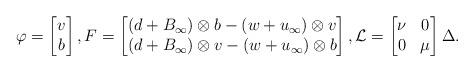
LaTeX: \begin{align*}\varphi=\begin{bmatrix}v \\b \\\end{bmatrix},F=\begin{bmatrix}(d+B_{\infty})\otimes b-(w+u_{\infty})\otimes v \\(d+B_{\infty})\otimes v-(w+u_{\infty})\otimes b \\\end{bmatrix},{\mathcal{L}}=\begin{bmatrix}\nu & 0 \\0 & \mu \\\end{bmatrix}\Delta.\end{align*}